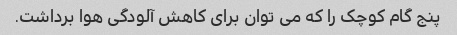
پنج گام کوچک را که می توان برای کاهش آلودگی هوا برداشت.